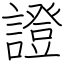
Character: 證